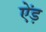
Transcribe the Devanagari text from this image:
ऐंड़